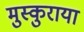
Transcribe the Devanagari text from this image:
मुस्कुराया